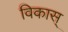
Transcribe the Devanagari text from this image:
विकास्